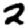
Digit: 2